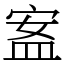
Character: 䀂